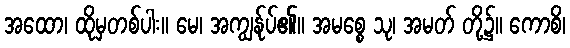
အထော၊ ထိုမှတစ်ပါး။ မေ၊ အကျွန်ုပ်၏။ အမစ္စေ သု၊ အမတ် တို့၌။ ကောစိ၊